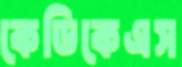
কেডিকেএস